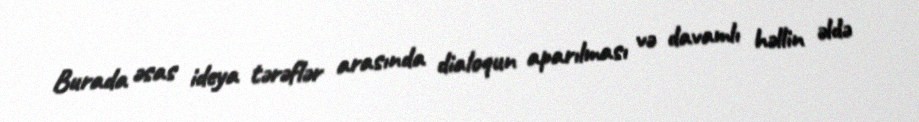
Burada əsas ideya tərəflər arasında dialoqun aparılması və davamlı həllin əldə